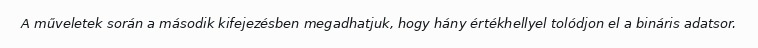
A műveletek során a második kifejezésben megadhatjuk, hogy hány értékhellyel tolódjon el a bináris adatsor.